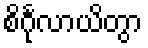
စိင်္ဂုလာယိတွာ